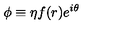
\phi \equiv \eta f ( r ) e ^ { i \theta }